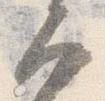
大